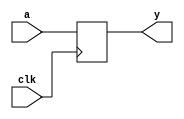
module smem(
    input clk,
    input [63:0] a,
    output reg [63:0] y
    );
    
    always @(posedge clk) begin 
        y <= a;
    end
    
endmodule